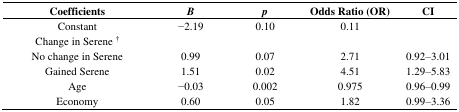
<table><thead><tr><td><b>Coefficients</b></td><td><b><i>B</i></b></td><td><b><i>p</i></b></td><td><b>Odds Ratio (OR)</b></td><td><b>CI</b></td></tr></thead><tbody><tr><td>Constant</td><td>−2.19</td><td>0.10</td><td>0.11</td><td></td></tr><tr><td>Change in Serene <sup>†</sup></td><td></td><td></td><td></td><td></td></tr><tr><td>No change in Serene</td><td>0.99</td><td>0.07</td><td>2.71</td><td>0.92–3.01</td></tr><tr><td>Gained Serene</td><td>1.51</td><td>0.02</td><td>4.51</td><td>1.29–5.83</td></tr><tr><td>Age</td><td>−0.03</td><td>0.002</td><td>0.975</td><td>0.96–0.99</td></tr><tr><td>Economy</td><td>0.60</td><td>0.05</td><td>1.82</td><td>0.99–3.36</td></tr></tbody></table>